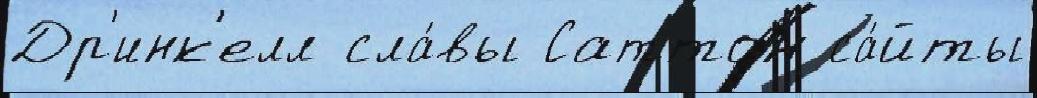
Др'инк'елл сла́вы Саттон са́йты